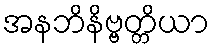
အနဘိနိဗ္ဗတ္တိယာ